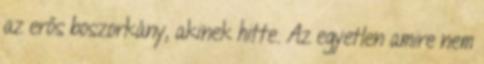
az erős boszorkány, akinek hitte. Az egyetlen amire nem